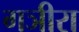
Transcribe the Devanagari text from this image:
गञीरा